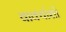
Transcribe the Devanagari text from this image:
वाक्यांशो